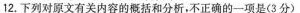
12.下列对原文有关内容的概括和分析，不正确的一项是(3分)